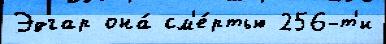
Эдгар она́ см'е́ртью 256-т'и